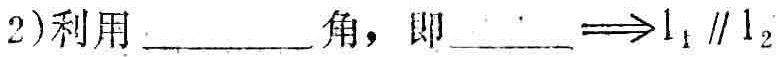
(2)利用  角，即  $\underline{\qquad}\Rightarrow l_{1}\parallel l_{2}$